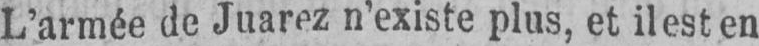
L’armée de Juarez n’existe plus, et il est en